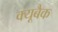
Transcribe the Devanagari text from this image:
क्यूबैक